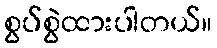
စွပ်စွဲထားပါတယ်။